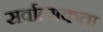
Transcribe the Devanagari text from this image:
सर्वात्मकता